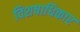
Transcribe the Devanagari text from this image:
विशषाधिकार